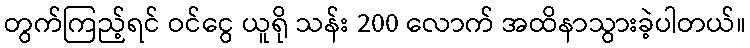
တွက်ကြည့်ရင် ဝင်ငွေ ယူရို သန်း 200 လောက် အထိနာသွားခဲ့ပါတယ်။